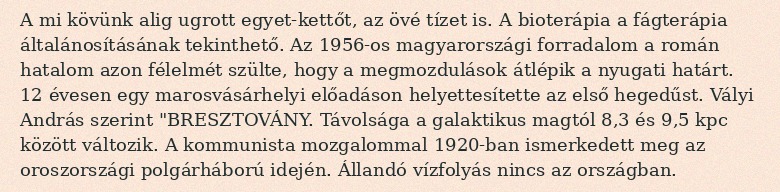
A mi kövünk alig ugrott egyet-kettőt, az övé tízet is. A bioterápia a fágterápia általánosításának tekinthető. Az 1956-os magyarországi forradalom a román hatalom azon félelmét szülte, hogy a megmozdulások átlépik a nyugati határt. 12 évesen egy marosvásárhelyi előadáson helyettesítette az első hegedűst. Vályi András szerint "BRESZTOVÁNY. Távolsága a galaktikus magtól 8,3 és 9,5 kpc között változik. A kommunista mozgalommal 1920-ban ismerkedett meg az oroszországi polgárháború idején. Állandó vízfolyás nincs az országban.